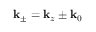
\mathbf { k } _ { \pm } = \mathbf { k } _ { z } \pm \mathbf { k } _ { 0 }